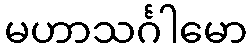
မဟာသင်္ဂါမော